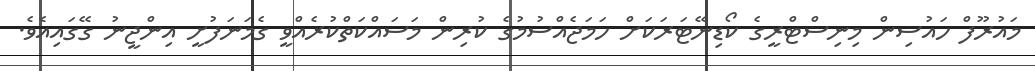
މައުރޫފް ހައުސިން މިނިސްޓްރީގެ ކޯޑިނޭޓަރަކަށް ހަމަޖެއްސުމުގެ ކުރިން މަސައްކަތްކުރެއްވީ ގެމަނަފުށީ އިންޖީނު ގޭގައިއެވެ.